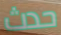
حدث